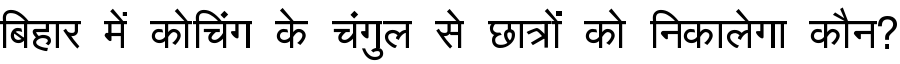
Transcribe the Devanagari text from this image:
बिहार में कोचिंग के चंगुल से छात्रों को निकालेगा कौन?